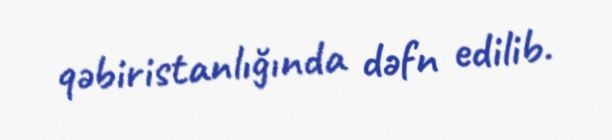
qəbiristanlığında dəfn edilib.